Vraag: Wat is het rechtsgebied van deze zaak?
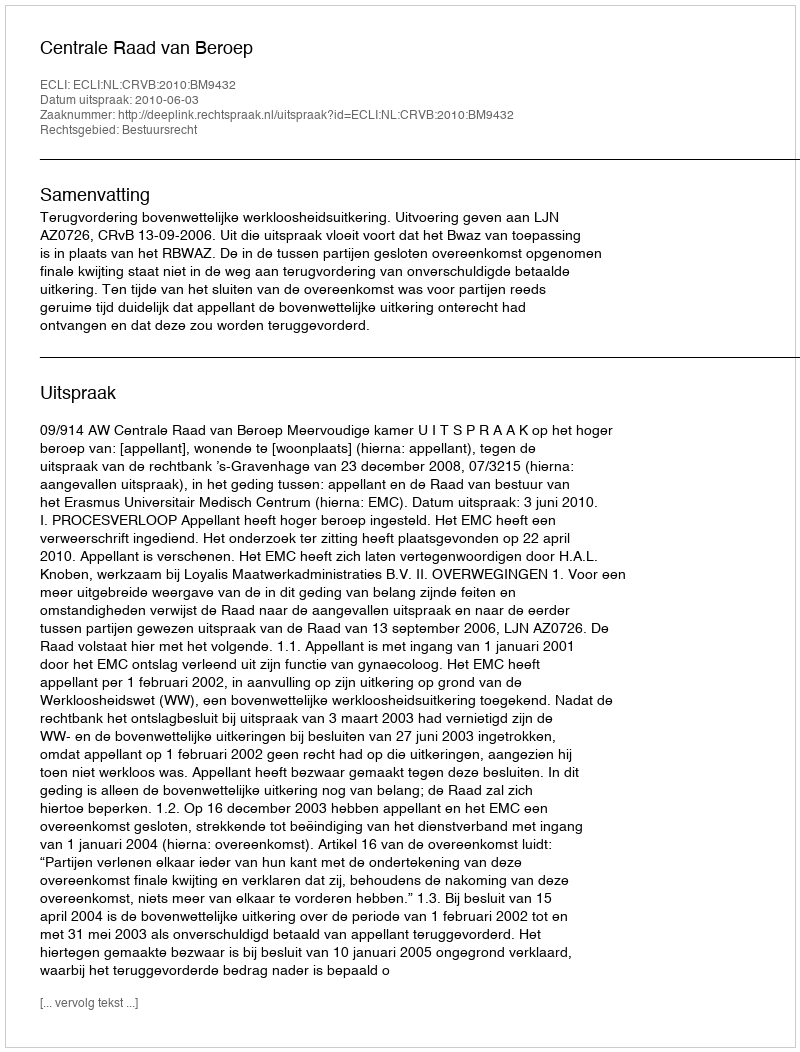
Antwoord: Bestuursrecht